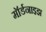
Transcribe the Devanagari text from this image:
मॉर्डनाइझ